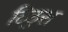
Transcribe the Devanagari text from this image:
ठिठुरा